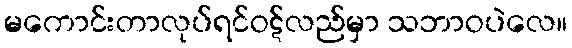
မကောင်းတာလုပ်ရင်ဝဋ်လည်မှာ သဘာဝပဲလေ။